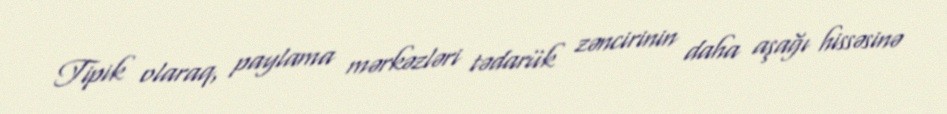
Tipik olaraq, paylama mərkəzləri tədarük zəncirinin daha aşağı hissəsinə